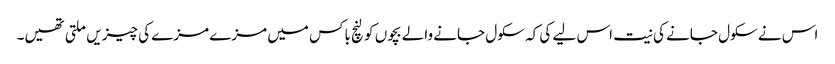
اس نے سکول جانے کی نیت اس لیے کی کہ سکول جانے والے بچوں کو لنچ باکس میں مزے مزے کی چیزیں ملتی تھیں۔